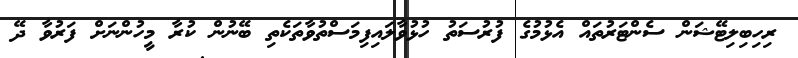
ރިހިބިލިޓޭޝަން ސެންޓަރުތައް އެޅުމުގެ ފުރުސަތު ހުޅުވާލައިފިމަސްތުވާތަކެތި ބޭނުން ކުރާ މީހުންނަށް ފަރުވާ ދޭ